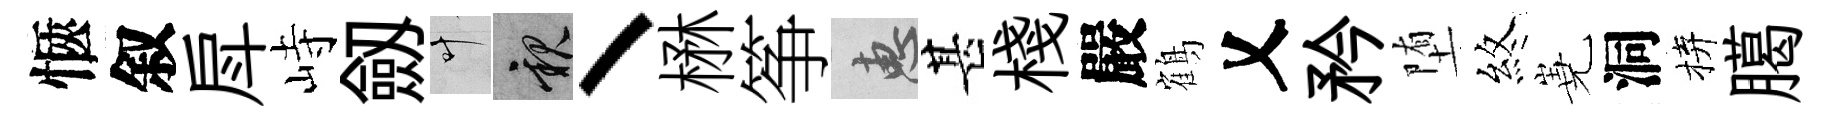
愜叙戽峙劔叶親丶楙筝惠甚棧嚴鶴乂矜堕煞嶤洞拚臈